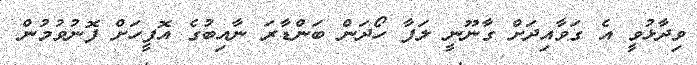
ވިދާޅުވީ އެ ގަވާއިދަށް ގާނޫނީ ލަފާ ހޯދަން ބަންޑާރަ ނާއިބުގެ އޮފީހަށް ފޮނުވުމުން